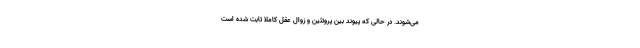
می‌شوند. در حالی که پیوند بین پروتئین و زوال عقل کاملاً ثابت شده است